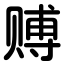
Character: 赙